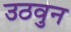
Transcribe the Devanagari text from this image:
उठवुन